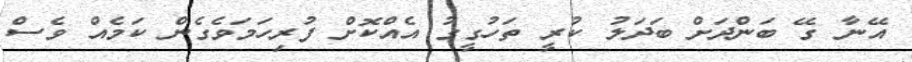
އޭނާ ގޭ ބަންދަށް ބަދަލު ކުރީ ތަހުގީގު އެއްކޮށް ފުރިހަމަވެގެން ކަމެއް ވެސް